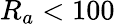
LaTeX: R_{a}<100